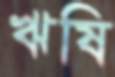
ঋষি